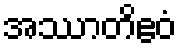
အဿာတိဧဝံ